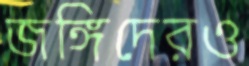
জঙ্গিদেরও